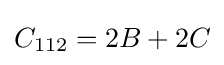
C_{112}=2B+2C